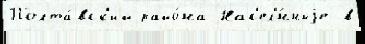
Полта́вск'ий райо́на Нас'ел'́нныjе в